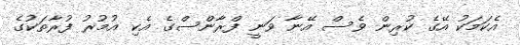
އެކަމަކު އޭގެ ކުރިން ވެސް އޭނާ ވަނީ ފްރާންސްގެ އެކި އުމުރު ފުރާތަކުގެ